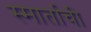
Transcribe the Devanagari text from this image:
स्मार्ताची